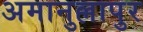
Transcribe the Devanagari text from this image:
अमानुल्लापुर